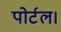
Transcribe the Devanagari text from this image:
पोर्टल।